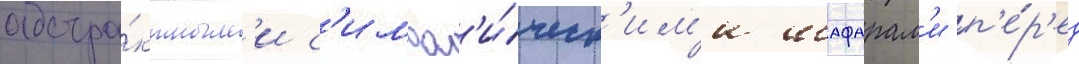
абстра́ктным'и с'имвол'и́ческ'им'и шафарам'и п'е́р'ед